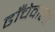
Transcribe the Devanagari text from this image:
ढाँचेवाला